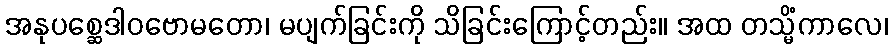
အနုပစ္ဆေဒါဝဗောမတော၊ မပျက်ခြင်းကို သိခြင်းကြောင့်တည်း။ အထ တသ္မိံကာလေ၊